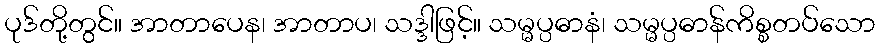
ပုဒ်တို့တွင်။ အာတာပေန၊ အာတာပ၊ သဒ္ဒါဖြင့်။ သမ္မပ္ပဓာနံ၊ သမ္မပ္ပဓာန်ကိစ္စတပ်သော